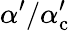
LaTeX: \alpha^{\prime}/\alpha_{\mathrm{c}}^{\prime}